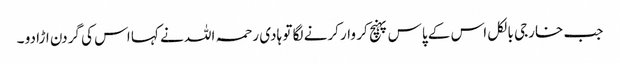
جب خارجی بالکل اس کے پاس پہنچ کر وار کرنے لگا تو ہادی رحمہ اللہ نے کہا اس کی گردن اڑا دو ۔